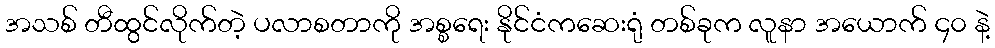
အသစ် တီထွင်လိုက်တဲ့ ပလာစတာကို အစ္စရေး နိုင်ငံကဆေးရုံ တစ်ခုက လူနာ အယောက် ၄၀ နဲ့